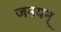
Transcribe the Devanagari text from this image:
जनयन्